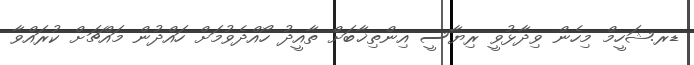
ޑރ.ޝަހީމް މިހެން ވިދާޅުވީ ރިޔާސީ އިންތިޚާބަށް ތާއީދު ހޯއްދެވުމަށް ހައްދުން މައްޗަށް ކުރައްވާ